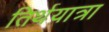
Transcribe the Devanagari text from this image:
तिर्थयात्रा